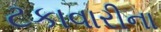
ટકાવારીના